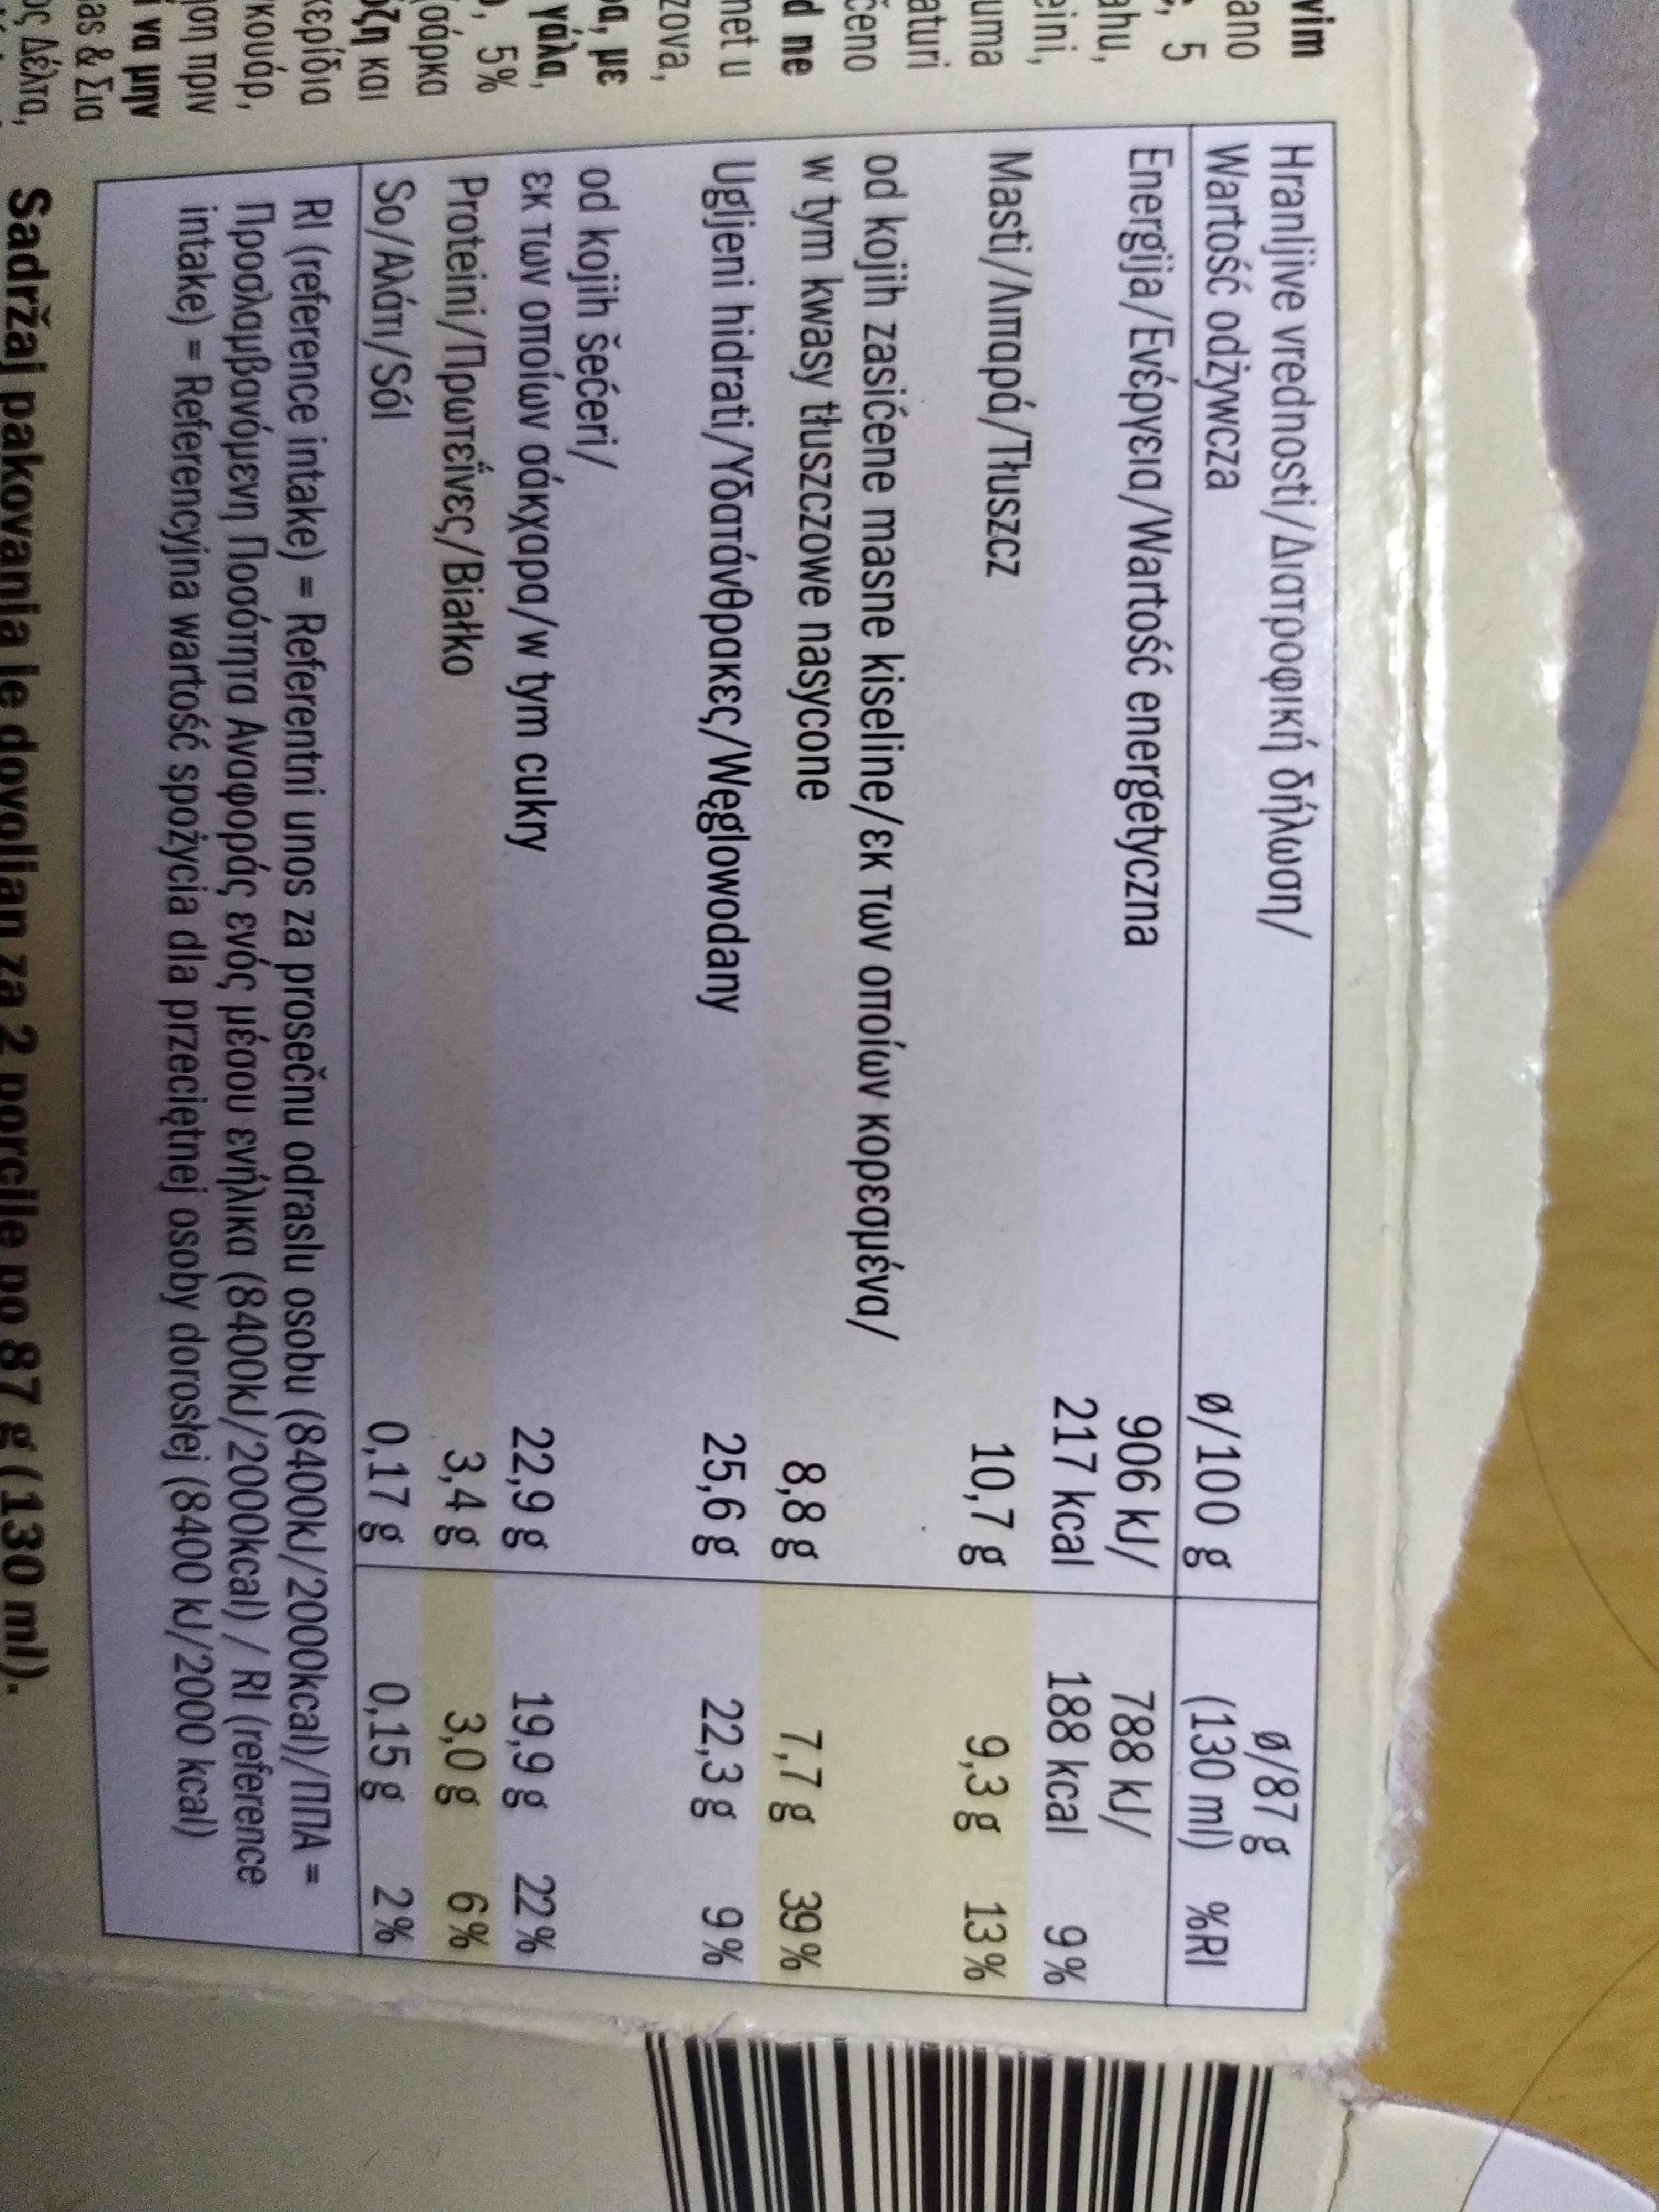
Hranjive vredηosti/Διατροφική δήλωση / ano Wartość odżywcza vim Ø/100 g 906 kJ/ 217kcal ø/87g (130 ml) %RI 788 kJ/ 188 kcal , 5 Energija/Evépyɛia/Wartość energetyczna ahu, 9 % eini, Masti/Aimapá/Tłuszcz 10,7 g 9,3 g 13% uma aturi Бeno d ne od kojih zasićene masne kiseline/ɛK TWV OMOÍWY KOPɛoµéva/ w tym kwasy tłusZczowe nasycone 39 % 8,8 g 25,6 g 7,7g 22,3 g net u Ugjeni hidrati/Υδατάνθρα κες/Wegowodany 9% zova, od kojih šećeri/ yáka, , 5% σόρκα (л каг τερίδια κουάρ, on npiv va uny as & Σια ç AéAta, 22,9 g 3,4g 19,9 g 22% εκτων οποίων σάκχαρα/w tym cukry Proteini/Πρωτείνες / Biatko So/Aλάτι/ S6| 3,0g 6% 0,17 g 0,15g 2% RI (reference intake) = Referentni unos za prosečnu odraslu osobu (8400kJ/2000kcal)/NNA = Προσλαμβανόμενη Ποσότητα Αναφοράς ενός μέσου ενήλικα (8400k/2000 kcal) / RI (teference intake) = Referencyjna wartość spożycia dla przeciętnej osoby dorosłej (8400 kJ/2000 kcal) %3D %3D Sadržaj pakovania le dovol 2 porcile 87 g (130 ml).